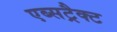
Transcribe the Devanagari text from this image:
एब्सट्रैक्ट